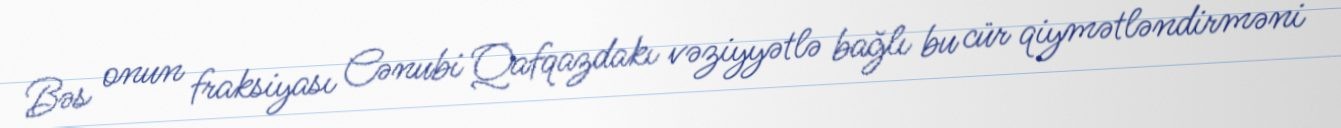
Bəs onun fraksiyası Cənubi Qafqazdakı vəziyyətlə bağlı bu cür qiymətləndirməni